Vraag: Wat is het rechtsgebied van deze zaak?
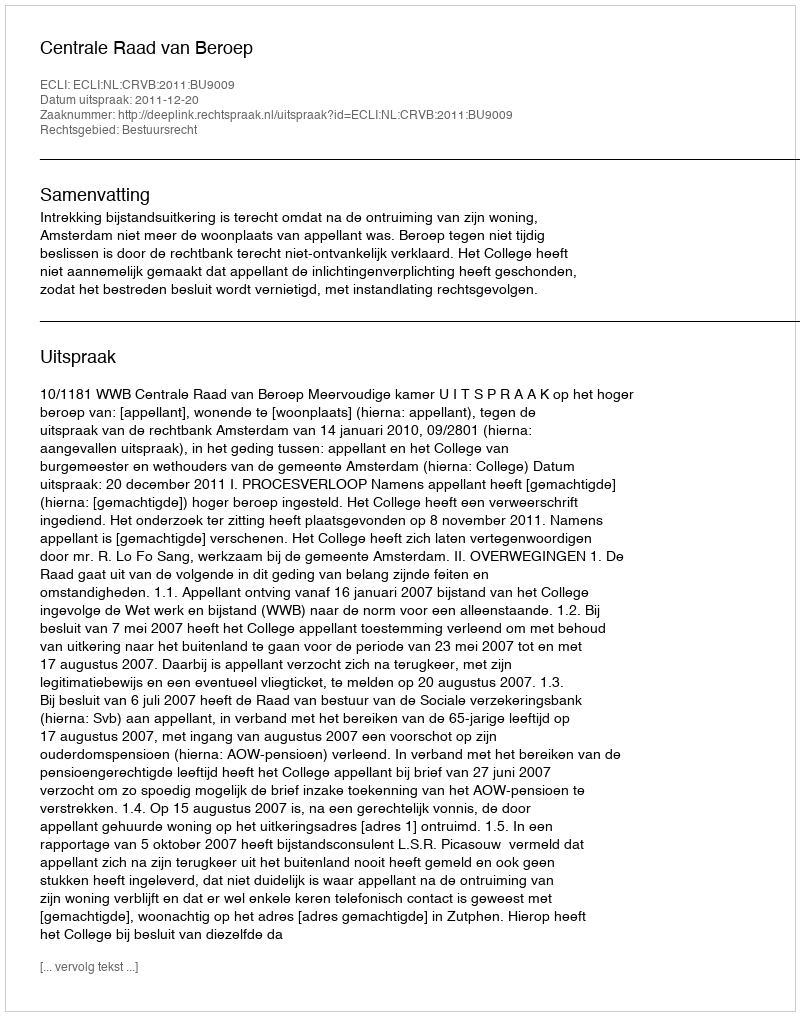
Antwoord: Bestuursrecht